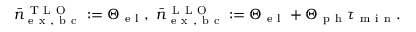
\bar { n } _ { \mathrm { ~ e ~ x ~ , ~ b ~ c ~ } } ^ { \mathrm { ~ T ~ L ~ O ~ } } : = \Theta _ { \mathrm { ~ e ~ l ~ } } , ~ \bar { n } _ { \mathrm { ~ e ~ x ~ , ~ b ~ c ~ } } ^ { \mathrm { ~ L ~ L ~ O ~ } } : = \Theta _ { \mathrm { ~ e ~ l ~ } } + \Theta _ { \mathrm { ~ p ~ h ~ } } \tau _ { \mathrm { ~ m ~ i ~ n ~ } } .